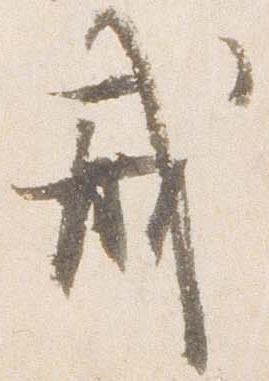
戒